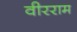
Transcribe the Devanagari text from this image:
वीरराम